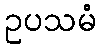
ဥပသမံ